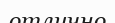
отлично